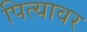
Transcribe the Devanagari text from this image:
पित्यावर